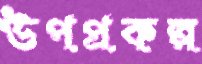
উপপ্রকল্প